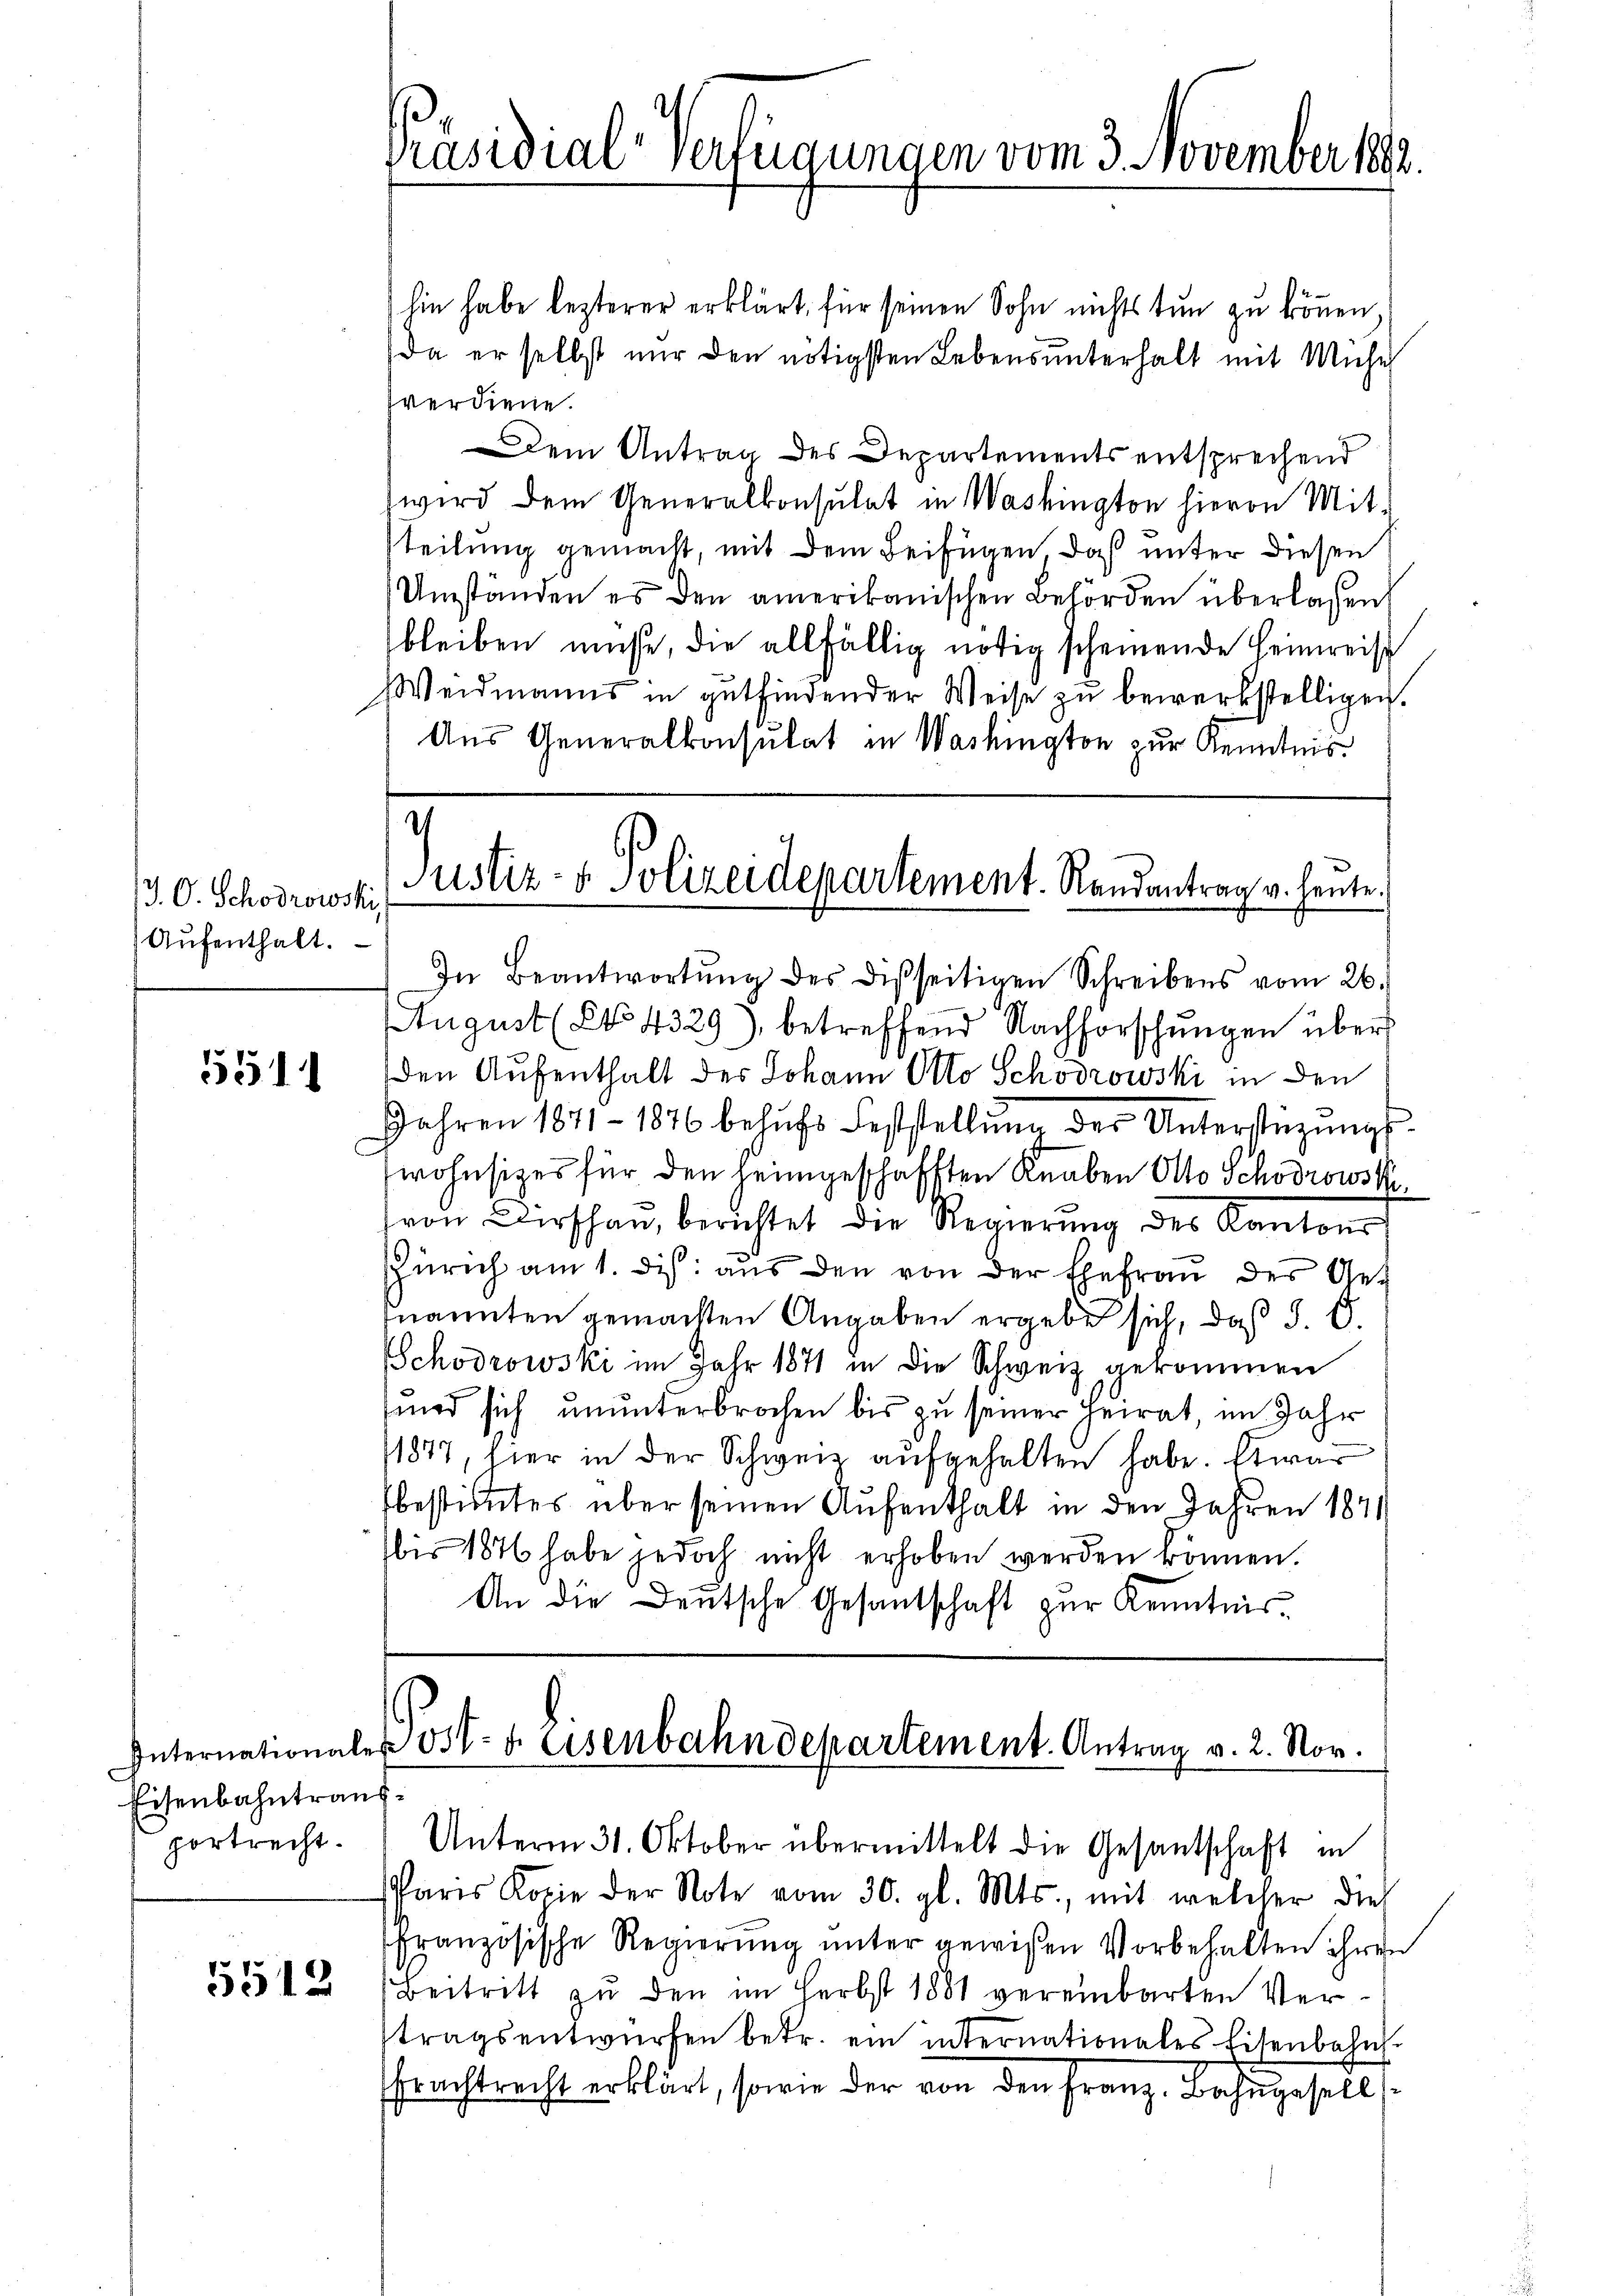
J. O. Schodrowski
Aŭfenthalt.

5511

Eisenbahntrausportrecht.

5512

Präsidial verfügungen vom 3. November 1883.

hin habe lezterer erklärt, für seinen Sohn nichts tun zu können,
da er selbst nur den nötigsten Lebensunterhalt mit Mehrh
verdiene.
dem Antrag des Departements entsprechend
wird dem Generalkonsulat in Washington hievon Mit-
teilung gemacht, mit dem Beifügen, daß unter diesen
Umständen es den amerikanischen Behörden überlassen,
bleiben müße, die allfällig nötig scheinende Heimreist
Weidmanns in gutfindender Weise zu bewerkstelligen.
Aus Generalkonsulat in Washington zur Kenntnis.

2
Justiz- & Polizeidepartement. Randantrag v. heute.

In Beantwortŭng des disseitigen Schreibens vom 26.)
August (NNo. 4329), betreffend Nachforschŭngen über
den Aufenthalt des Johann Otto Schodrowski in den
Jahren 1871 - 1876 behŭfs Feststellŭng der Unterstützŭngs-
wohnsitzes für den heimgeschafften Knaben Otto Schodrowski,
von Kirschau, berichtet die Regierung des Kantons
ZZürich am 1. dis aus den von der Ehefrau des Genannten gemachten Angaben ergebe sich, daß S. 6.
Schoorowski im Jahr 1871 in die Schweiz gekommen
sind sich ununterbrochen bis zu seiner Heirat, im Jahr
11877, hier in der Schweiz aufgehalten habe. Etwar
fbestimmtes über seinen Aufenthalt in den Jahren 1841
bis 1876 habe jedoch nicht erhoben werden können.
An die Deutsche Gesandschaft zur Kenntnis.

Internationalen Ost- u. Eisenbahndepartement. Antrag v. 2. Nov.

Unterm 31. Oktober übermittelt die Gesantschaft in
Paris Kopie der Note vom 30. gl. Mts., mit welcher dies
französische Regierung unter gewißen Vorbehalten ihren
Beitritt zu den im Herbst 1881 vereinbarten Vertragsentwürfen betr. ein internationales Eisenbahn
Frachtrecht erklärt, sowie der von den Franz, Bahngesells